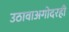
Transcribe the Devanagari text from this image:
उठावाअगोदरही